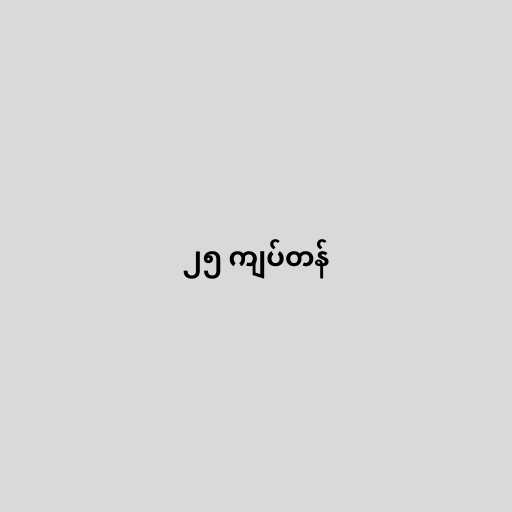
၂၅ ကျပ်တန်